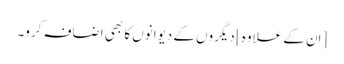
[اِن کے علاوہ] دیگروں کے دیوانوں کا بھی اضافہ کرو۔